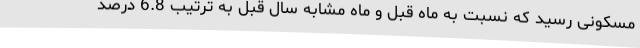
مسکونی رسید که نسبت به ماه قبل و ماه مشابه سال قبل به ترتیب 6.8 درصد